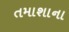
તમાશાના